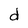
Character: d